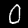
Digit: 0